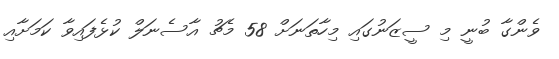
ވެންގާ ބުނީ މި ސީޒަނުގައި މިހާތަނަށް 58 މެޗު އާސެނަލް ކުޅެފައިވާ ކަމަށާއި